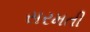
સરમતી